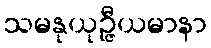
သမနုယုဉ္ဇီယမာနာ